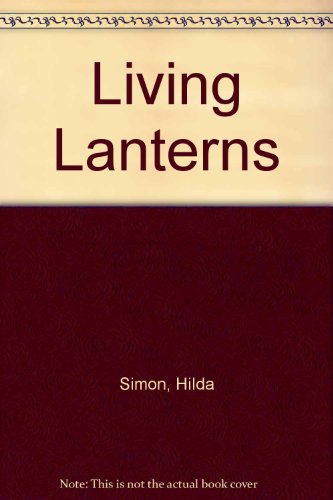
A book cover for Living Lanterns: 2; Hilda Simon; Science & Math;